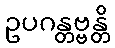
ဥပဂန္တဗ္ဗန္တိ